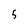
Character: 5